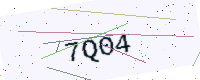
Text: 7Q04